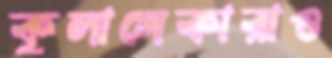
কুলাসেকারাও